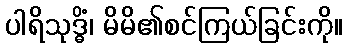
ပါရိသုဒ္ဓိံ၊ မိမိ၏စင်ကြယ်ခြင်းကို။